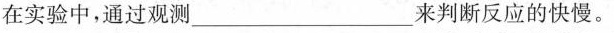
在实验中，通过观测_来判断反应的快慢。